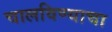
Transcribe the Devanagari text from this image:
चालविण्‍याचा